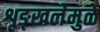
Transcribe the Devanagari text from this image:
शृङ्खलेमुळे